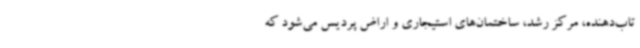
تاب‌دهنده، مرکز رشد، ساختمان‌های استیجاری و اراض پردیس می‌شود که